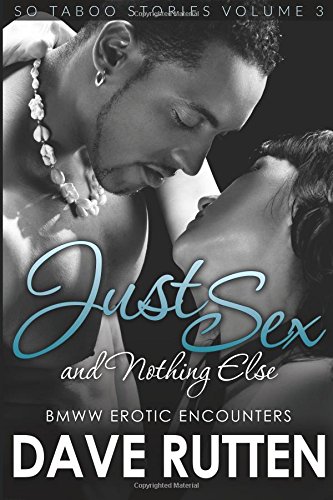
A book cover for Just Sex and Nothing Else: BMWW Erotic Encounters: So Taboo Stories (Volume 3); Dave Rutten; Romance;